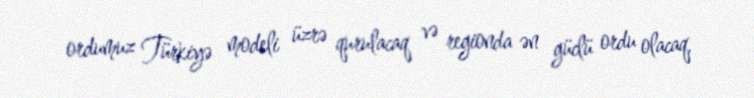
ordumuz Türkiyə modeli üzrə qurulacaq və regionda ən güclü ordu olacaq,